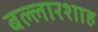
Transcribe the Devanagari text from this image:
बल्लारशाह